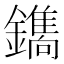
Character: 𮣛